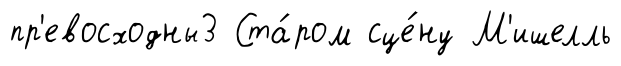
пр'евосходны3 Ста́ром сце́ну М'ишелль